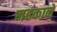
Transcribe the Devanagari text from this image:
महकाने